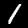
Label: 1